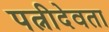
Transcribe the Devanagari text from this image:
पत्नीदेवता